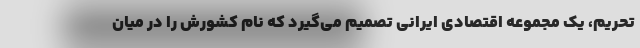
تحریم، یک مجموعه اقتصادی ایرانی تصمیم می‌گیرد که نام کشورش را در میان